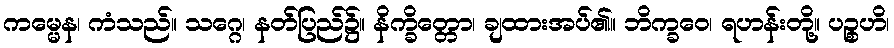
ကမ္မေန၊ ကံသည်။ သဂ္ဂေ၊ နတ်ပြည်၌။ နိက္ခိတ္တော၊ ချထားအပ်၏။ ဘိက္ခဝေ၊ ရဟန်းတို့။ ပဉ္စဟိ၊